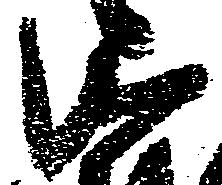
御